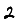
Digit: 2